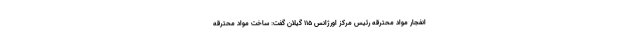
انفجار مواد محترقه رئیس مرکز اورژانس ۱۱۵ گیلان گفت: ساخت مواد محترقه